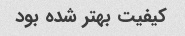
کیفیت بهتر شده بود